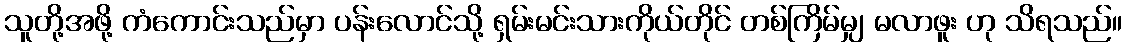
သူတို့အဖို့ ကံကောင်းသည်မှာ ပန်းလောင်သို့ ရှမ်းမင်းသားကိုယ်တိုင် တစ်ကြိမ်မျှ မလာဖူး ဟု သိရသည်။